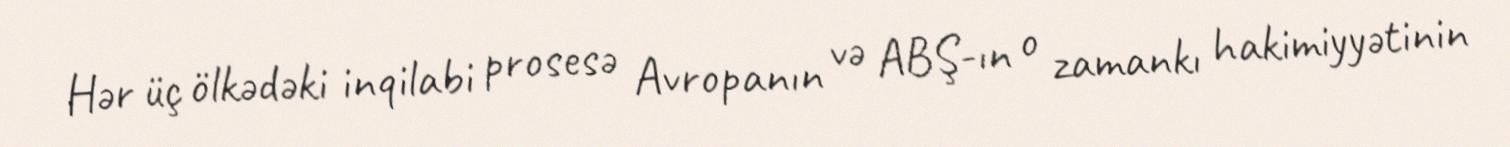
Hər üç ölkədəki inqilabi prosesə Avropanın və ABŞ-ın o zamankı hakimiyyətinin